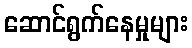
ဆောင်ရွက်နေမှုများ